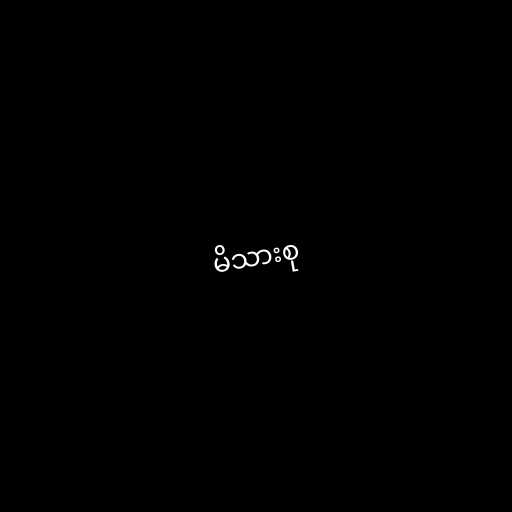
မိသားစု